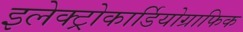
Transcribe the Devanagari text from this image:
इलेक्ट्रोकार्डियोग्राफिक